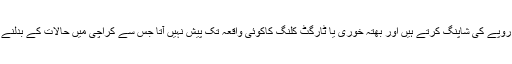
اب لوگ چاند رات کو اربوں روپے کی شاپنگ کرتے ہیں اور بھتہ خوری یا ٹارگٹ کلنگ کاکوئی واقعہ تک پیش نہیں آتا جس سے کراچی میں حالات کے بدلنے کی واضح عکاسی ہوتی ہے۔